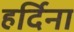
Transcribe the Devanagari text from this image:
हर्दिना